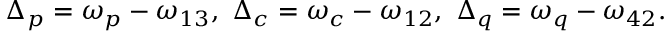
\Delta _ { p } = \omega _ { p } - \omega _ { 1 3 } , \, \, \Delta _ { c } = \omega _ { c } - \omega _ { 1 2 } , \, \, \Delta _ { q } = \omega _ { q } - \omega _ { 4 2 } .